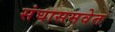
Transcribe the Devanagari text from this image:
संघासमवेत